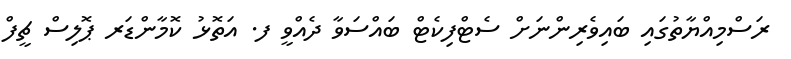
ރަސްމިއްޔާތުގައި ބައިވެރިންނަށް ސެޓްފިކެޓް ބައްސަވާ ދެއްވީ ފ. އަތޮޅު ކޮމާންޑަރ ޕޮލިސް ޗީފް